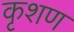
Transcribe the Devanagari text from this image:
कृशण